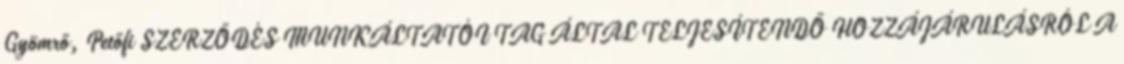
Gyömrő, Petőfi SZERZŐDÉS MUNKÁLTATÓI TAG ÁLTAL TELJESÍTENDŐ HOZZÁJÁRULÁSRÓL A